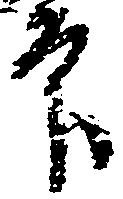
印